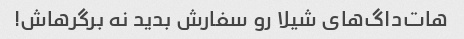
هات‌داگ‌های شیلا رو سفارش بدید نه برگرهاش!